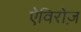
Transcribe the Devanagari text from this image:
ऐविरोज़